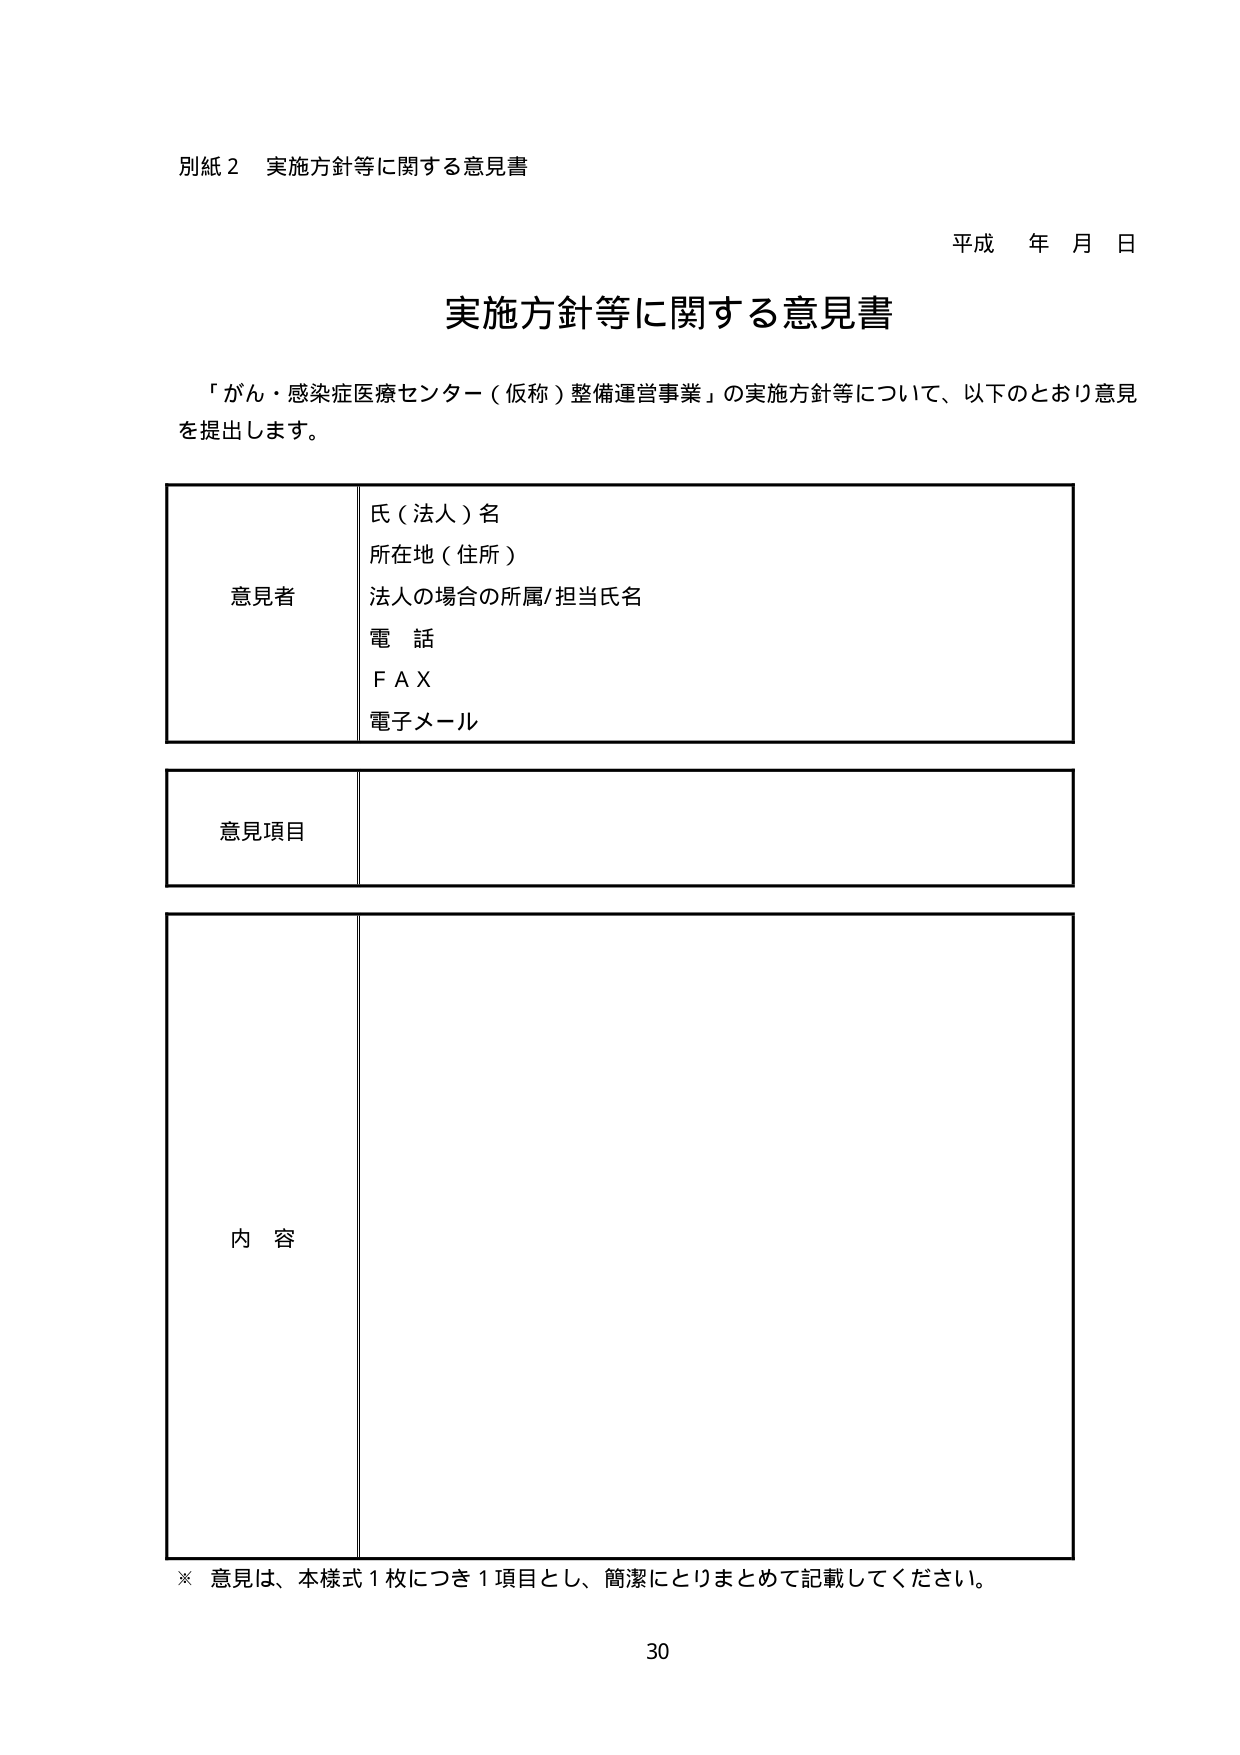
別紙２ 実施方針等に関する意見書

平成 年 月 日

実施方針等に関する意見書

「がん・感染症医療センター（仮称）整備運営事業」の実施方針等について、以下のとおり意見を提出します。

意見者
氏（法人）名
所在地（住所）
法人の場合の所属/担当氏名
電話
ＦＡＸ
電子メール

意見項目

内容

※ 意見は、本様式１枚につき１項目とし、簡潔にとりまとめて記載してください。

30